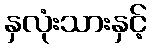
နှလုံးသားနှင့်